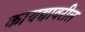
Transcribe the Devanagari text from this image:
कायद्यावरील